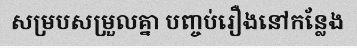
សម្របសម្រួលគ្នា បញ្ចប់រឿងនៅកន្លែង